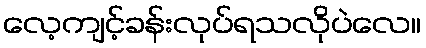
လေ့ကျင့်ခန်းလုပ်ရသလိုပဲလေ။